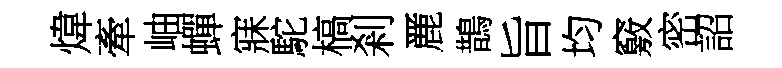
煒牽岫蟬寐駝槁剎䴡鵲旨均竅密詔